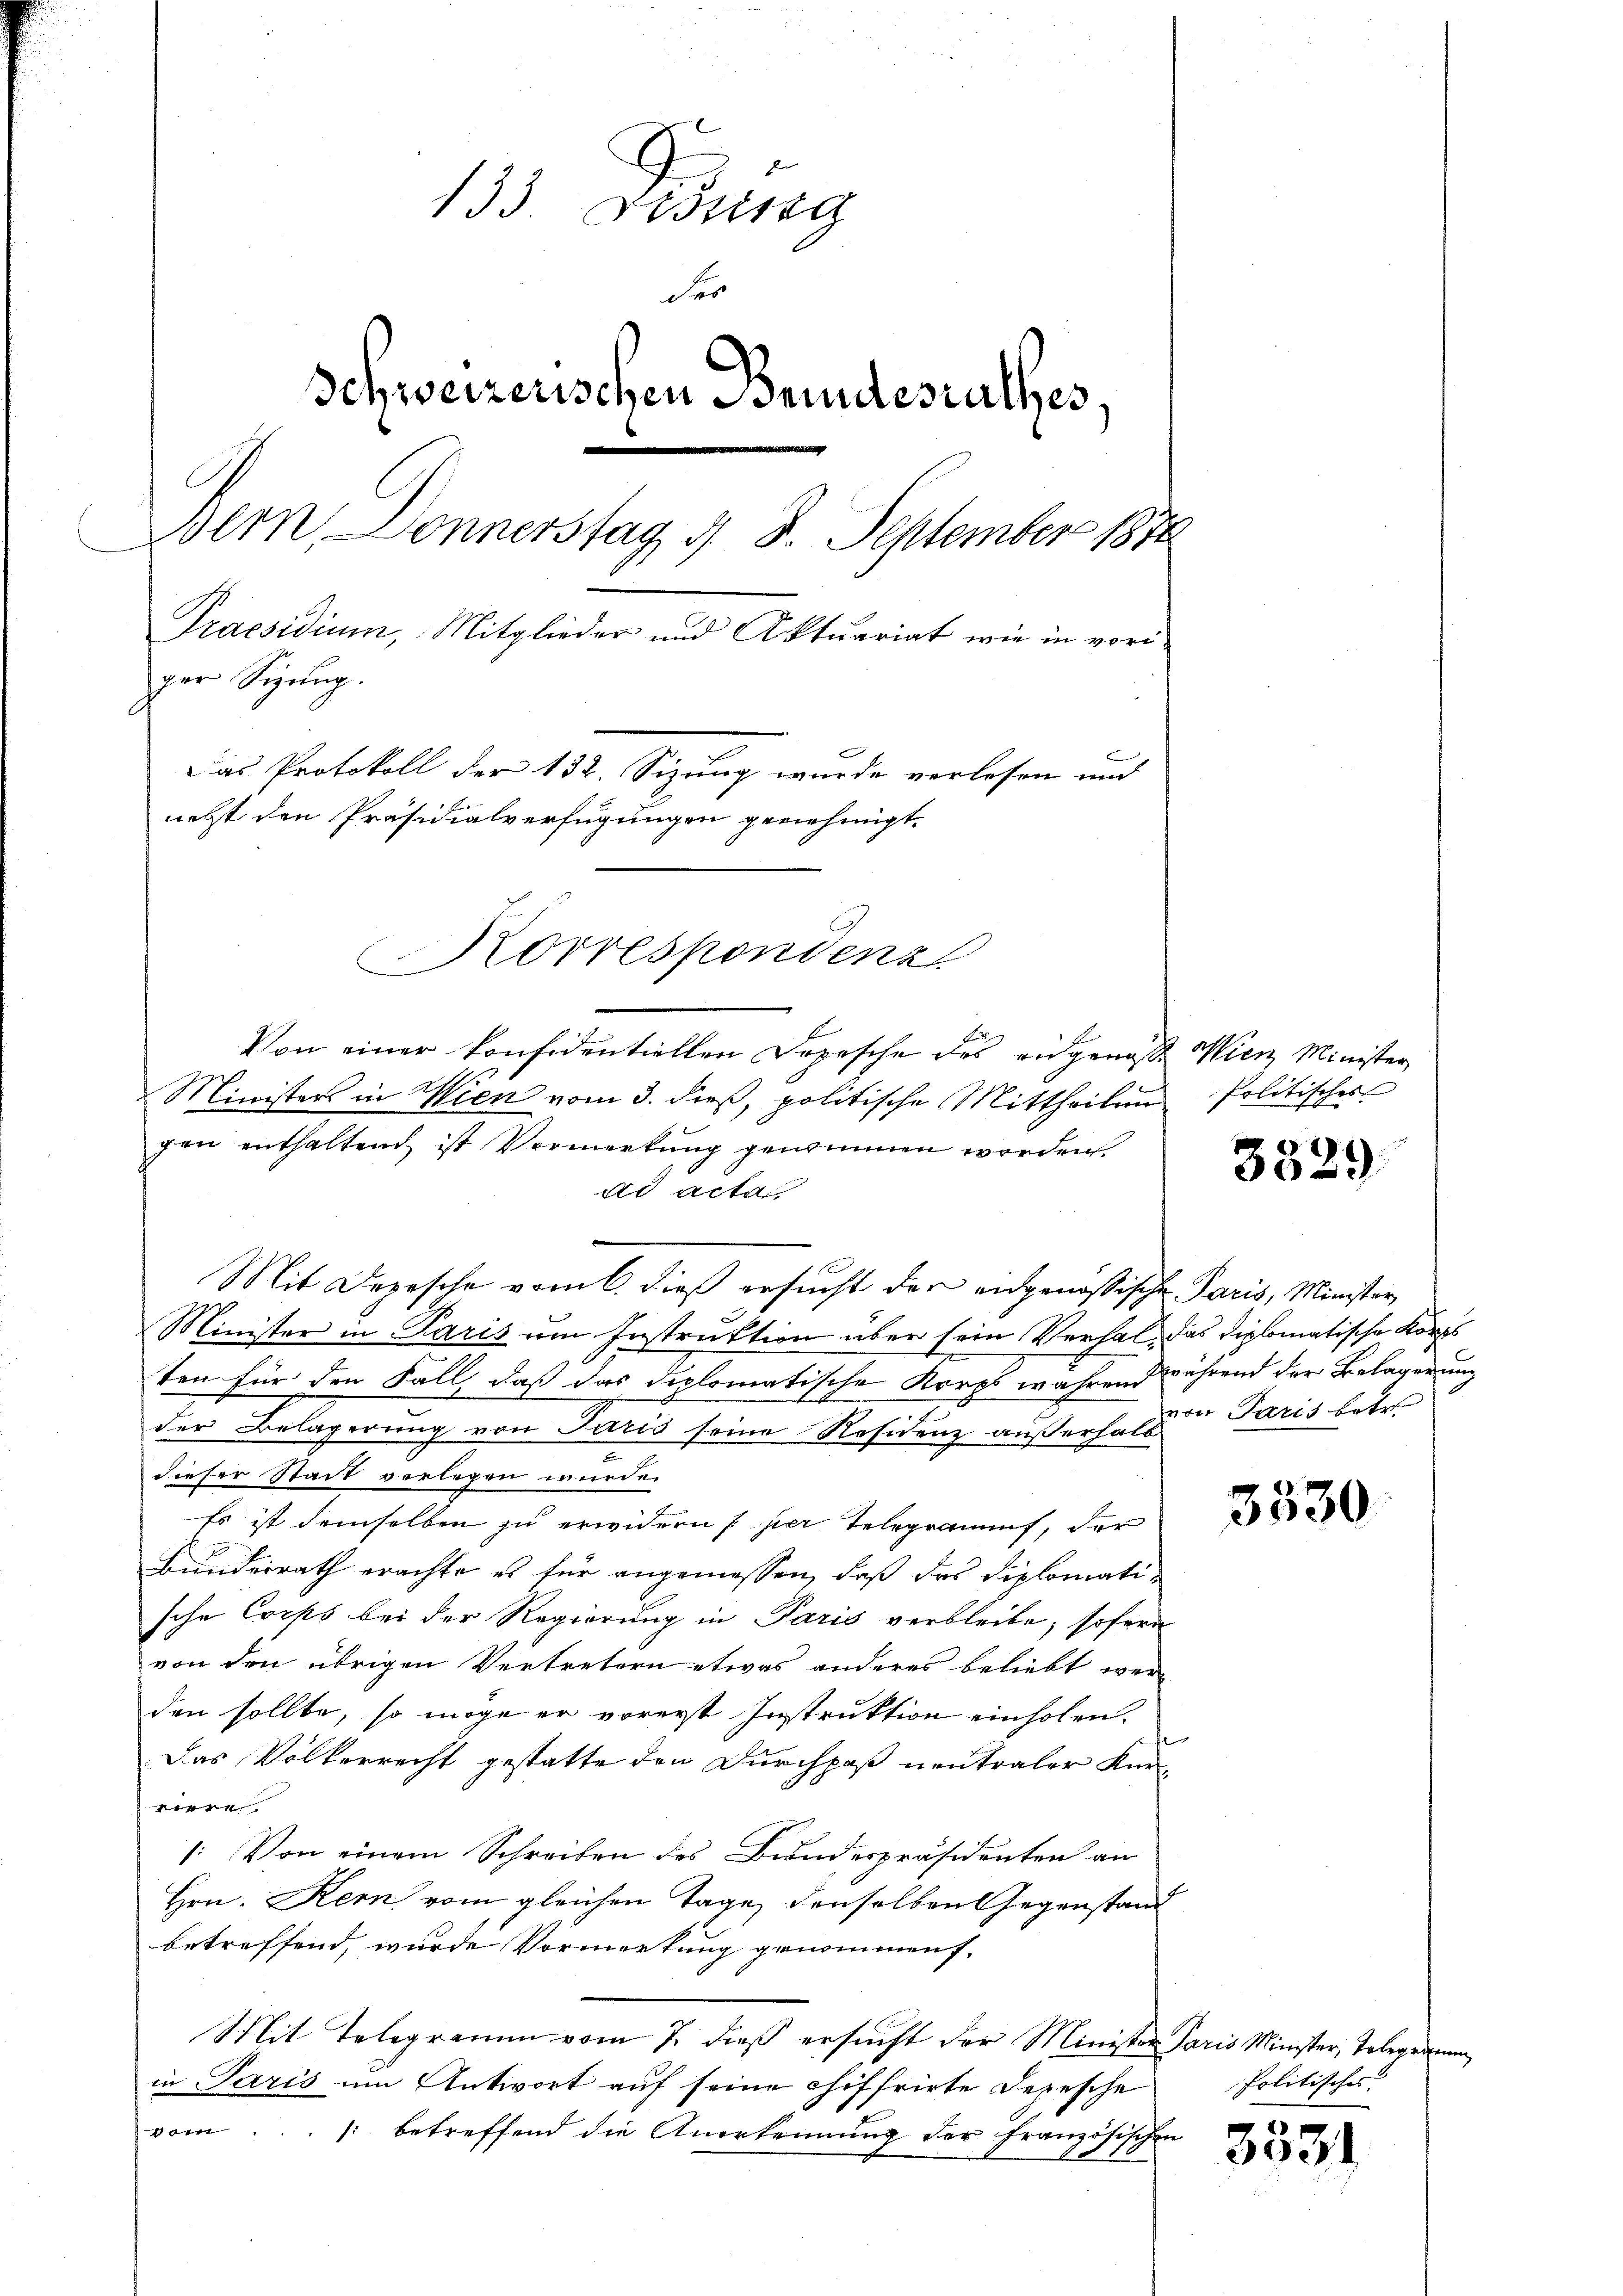
133 Didung
der
Schweizerischen Beindesrathes,
Bern Donnerstag d. 8. September 1890
Praesidium, Mitglieder und Aktuariat wie in vorger Sizung.
Das Protokoll der 132. Sizung wurde verlesen und
netzt den Präsidialverfügungen gernehmigt.

Von einer konfidentiellen Depesche des eidgenosse Wien Minister,
Ministers in Wien vom 3. dieβ, politische Mittheilen Politisches
gen enthaltend ist Vermerkung genommen worden.
ds acta
e
Mit Depesche vom 6. dieß ersucht der eidgenössische Paris, Minister
Minister in Paris um Instruktion über sein Verhal, das diplomatische Korps
ten für den Fall, daß das diplomatische Kraps während während der Belagerung
der Belagerung von Paris seine Residenz außerhalten Paris betr.
dieser Stadt vorlegen wurde.
Es ist demselben zu erwidern (hier Telegrammt, der
Bunderrath erachte es für angemessen, daß das Diplomatische Corps bei der Regierung in Paris verbleibe, sofern
von den übrigen Vertretern etwas anderes beliebt werden sollte, so möge er vorerst Instruktion einholen.
Das Volkerrecht gestatte den Durchpaß neutraler Kurkop
: Von einem Schreiben des Bundespräsidenten an
Hrn. Kern vom gleichen Tage denselben Gegenstand
betreffend, wurde Vormerkung genommen.
Mit Telegramm vom 7. dieß ersucht der Minister Paris Minister, Telegramm
in Paris um Antwort auf seine chiffrirte Depesche
vom... /: betreffend die Anerkennung der Französischen

Korrespondenz

3529

3530

Politisches

3531